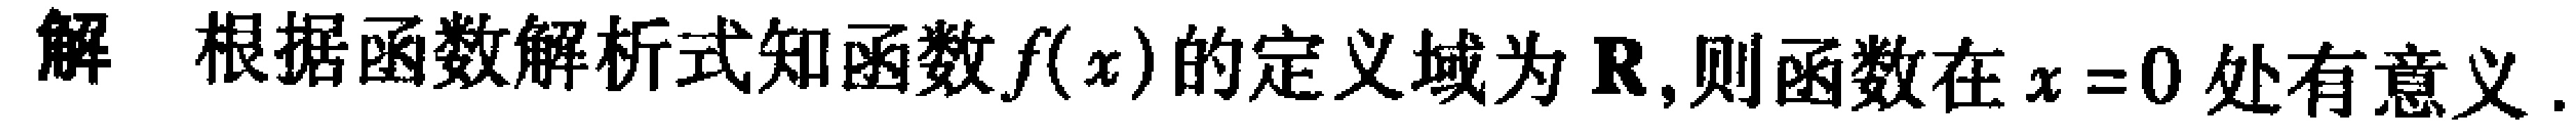
解 根据函数解析式知函数\(f(x)\)的定义域为\(\mathbf{R}\),则函数在\(x = 0\)处有意义.